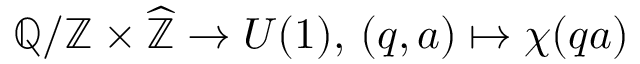
\mathbb { Q } / \mathbb { Z } \times { \widehat { \mathbb { Z } } } \to U ( 1 ) , \, ( q , a ) \mapsto \chi ( q a )